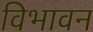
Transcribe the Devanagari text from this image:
विभावन